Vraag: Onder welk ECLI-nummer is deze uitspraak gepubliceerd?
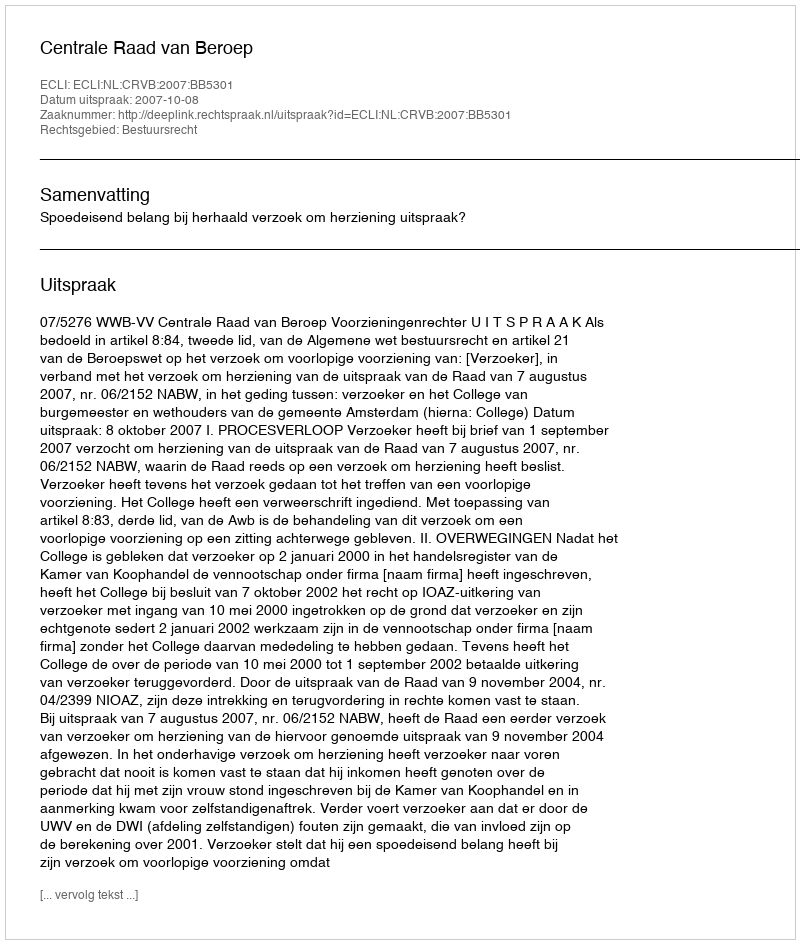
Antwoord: ECLI:NL:CRVB:2007:BB5301